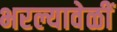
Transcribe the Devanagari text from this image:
भरल्यावेळीं